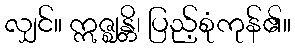
လျှင်။ ဣဇ္ဈန္တိ၊ ပြည့်စုံကုန်၏။